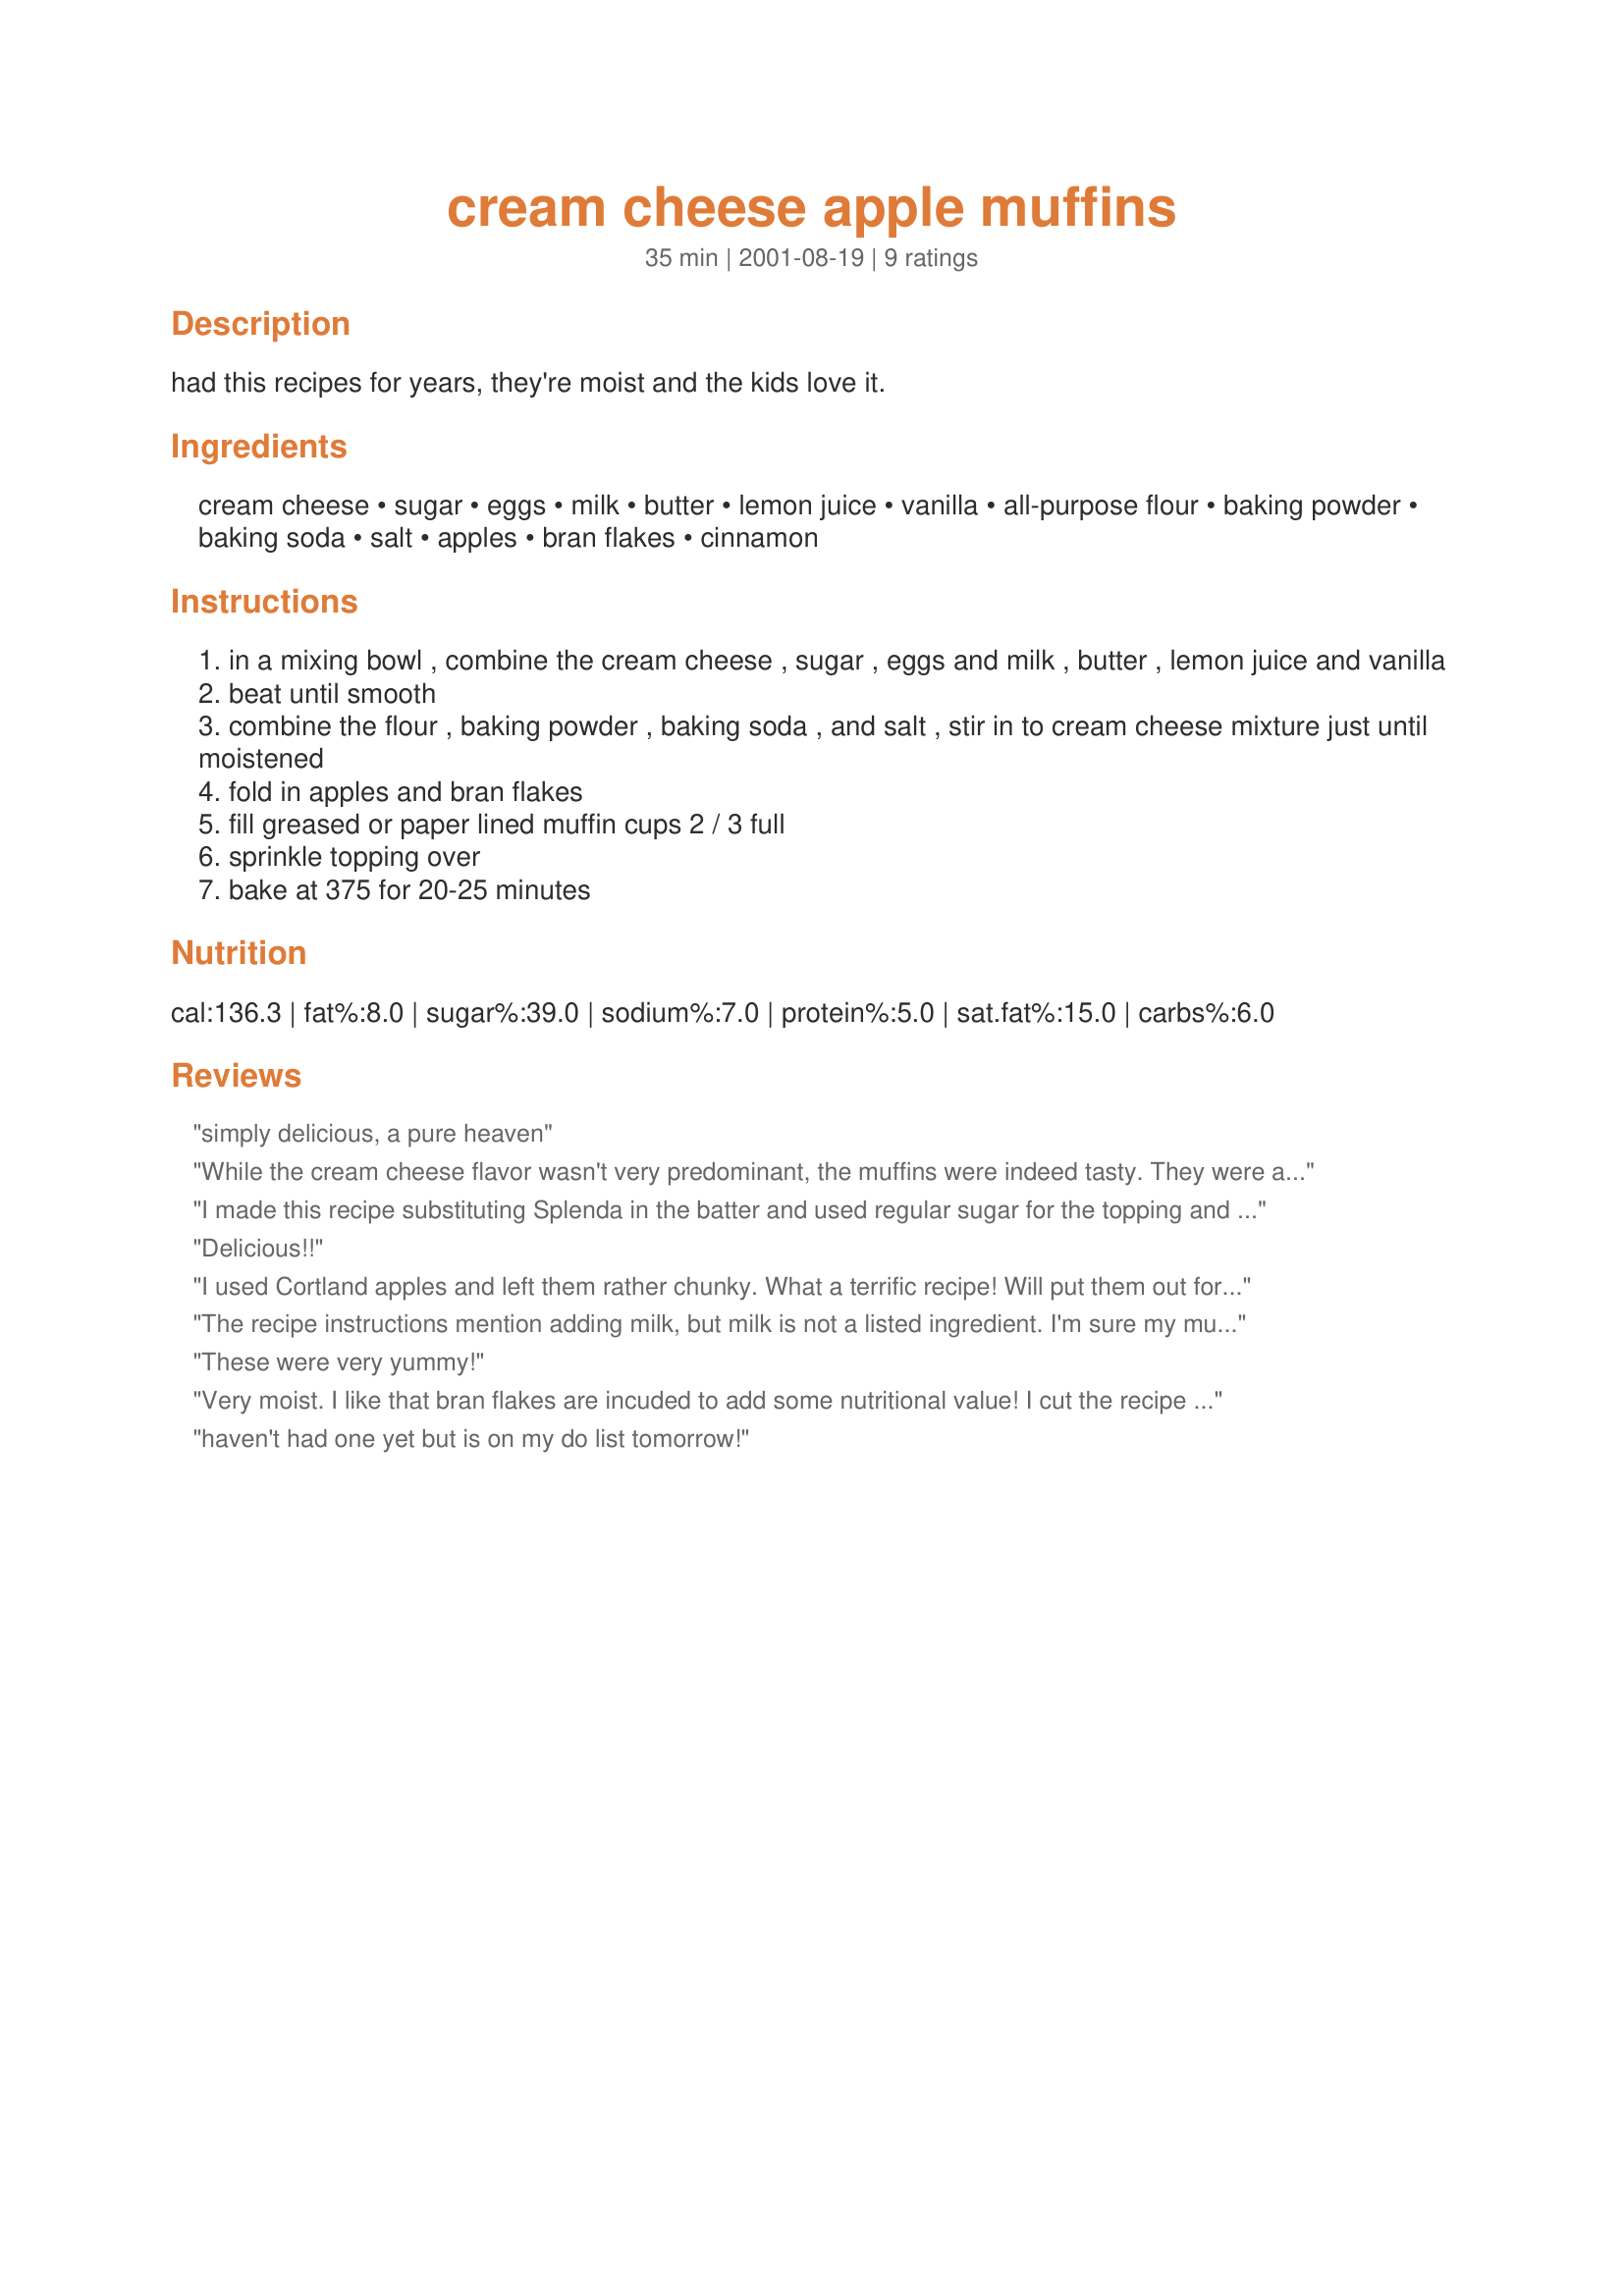
cream cheese apple muffins
Preparation time: 35 minutes

had this recipes for years, they're moist and the kids love it.

Ingredients:
cream cheese, sugar, eggs, milk, butter, lemon juice, vanilla, all-purpose flour, baking powder, baking soda, salt, apples, bran flakes, cinnamon

Steps:
in a mixing bowl , combine the cream cheese , sugar , eggs and milk , butter , lemon juice and vanilla
beat until smooth
combine the flour , baking powder , baking soda , and salt , stir in to cream cheese mixture just until moistened
fold in apples and bran flakes
fill greased or paper lined muffin cups 2 / 3 full
sprinkle topping over
bake at 375 for 20-25 minutes

Reviews:
simply delicious, a pure heaven
While the cream cheese flavor wasn't very predominant, the muffins were indeed tasty. They were also extremely moist. I used light butter, light cream cheese, 1% milk and Total flakes. Everyone enjoyed them. Thanks for posting.
I made this recipe substituting Splenda in the batter and used regular sugar for the topping and they came out wonderful. I love the chunks of apple that provide sweetness along with the topping. The texture was very good and they were moist. We'll definitely make these again!
Delicious!!
I used Cortland apples and left them rather chunky. What a terrific recipe! Will put them out for the construction crew replacing my windows tomorrow. They will love them!
The recipe instructions mention adding milk, but milk is not a listed ingredient. I'm sure my muffins would have turned out better if I'd known how much milk should be used for this recipe! [Editor's Note: We contacted the author and added the "1 cup milk" as a result of this review. Thanks!]
These were very yummy!
Very moist. I like that bran flakes are incuded to add some nutritional value! I cut the recipe in half and they came out perfect.
haven't had one yet but is on my do list tomorrow!
